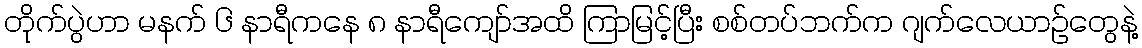
တိုက်ပွဲဟာ မနက် ၆ နာရီကနေ ၈ နာရီကျော်အထိ ကြာမြင့်ပြီး စစ်တပ်ဘက်က ဂျက်လေယာဉ်တွေနဲ့